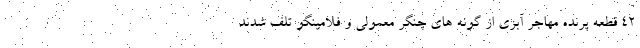
۴۲ قطعه پرنده مهاجر آبزی از گونه های چنگر معمولی و فلامینگو تلف شدند